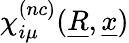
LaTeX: \chi_{i\mu}^{(nc)}(\underline{{R}},\underline{{x}})